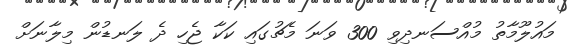
މައުލޫމާތު މުއްސަނދިވި 300 ވަނަ މެޗުގައި ކަކާ ޖެހި ދެ ލަނޑުން މިލާނަށް